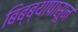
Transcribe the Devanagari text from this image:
बिब्ब्यापासून